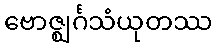
ဗောဇ္ဈင်္ဂသံယုတဿ